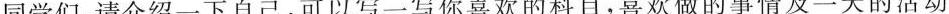
同学们，请介绍一下自己，可以写一写你喜欢的科目，喜欢做的事情及一天的活动